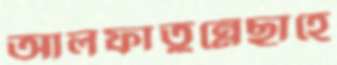
আলফাতুন্নেছাহে